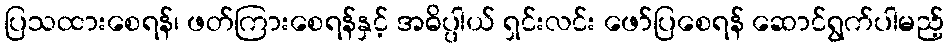
ပြသထားစေရန်၊ ဖတ်ကြားစေရန်နှင့် အဓိပ္ပါယ် ရှင်းလင်း ဖော်ပြစေရန် ဆောင်ရွက်ပါမည့်